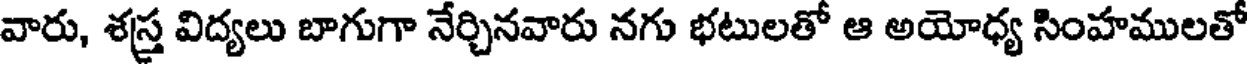
వారు, శస్త్ర విద్యలు బాగుగా నేర్చినవారు నగు భటులతో ఆ అయోధ్య సింహములతో